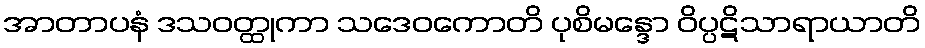
အာတာပနံ ဒသဝတ္ထုကာ သဒေဝကောတိ ပုစိမန္ဒော ဝိပ္ပဋိသာရာယာတိ